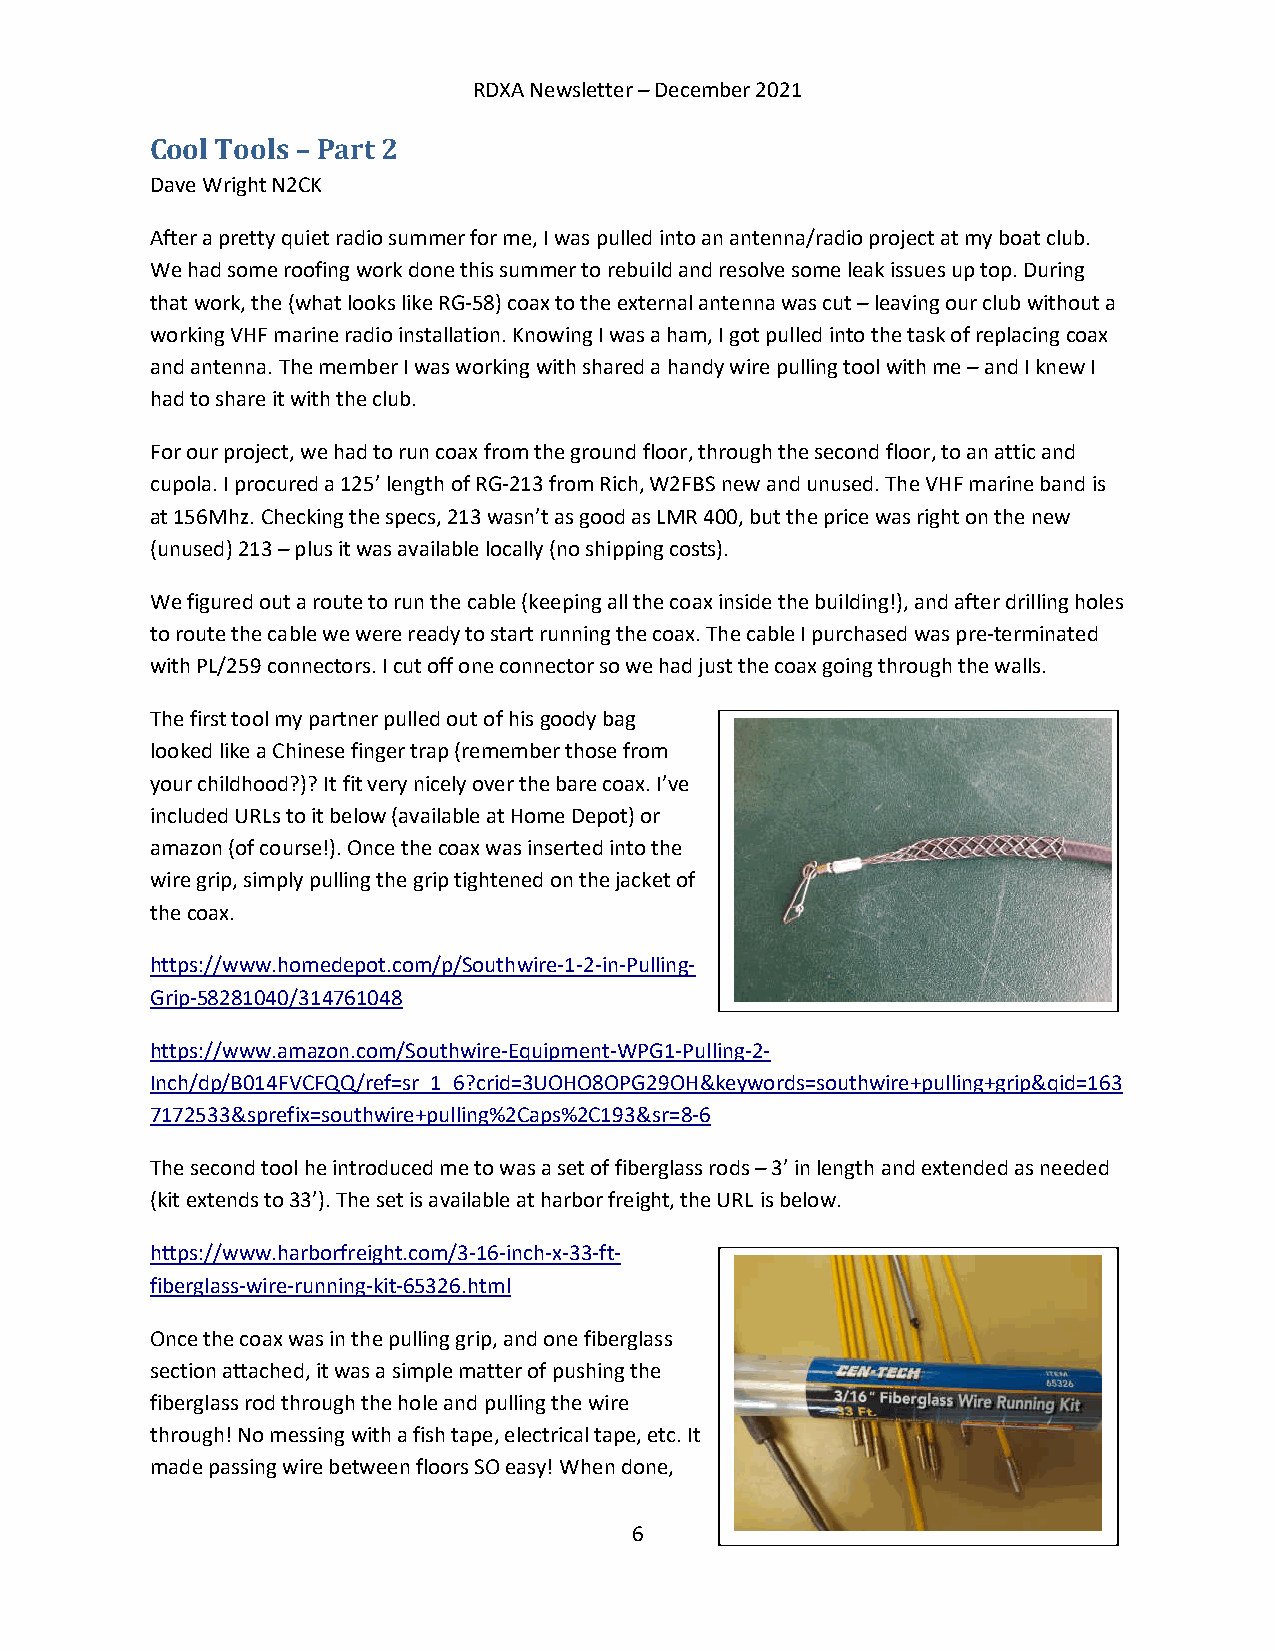
RDXA Newsletter – December 2021
 Cool Tools – Part 2
 Dave Wright N2CK
 After a pretty quiet radio summer for me, I was pulled into an antenna/radio project at my boat club.
 We had some roofing work done this summer to rebuild and resolve some leak issues up top. During
 that work, the (what looks like RG-58) coax to the external antenna was cut – leaving our club without a
 working VHF marine radio installation. Knowing I was a ham, I got pulled into the task of replacing coax
 and antenna. The member I was working with shared a handy wire pulling tool with me – and I knew I
 had to share it with the club.
 For our project, we had to run coax from the ground floor, through the second floor, to an attic and
 cupola. I procured a 125’ length of RG-213 from Rich, W2FBS new and unused. The VHF marine band is
 at 156Mhz. Checking the specs, 213 wasn’t as good as LMR 400, but the price was right on the new
 (unused) 213 – plus it was available locally (no shipping costs).
 We figured out a route to run the cable (keeping all the coax inside the building!), and after drilling holes
 to route the cable we were ready to start running the coax. The cable I purchased was pre-terminated
 with PL/259 connectors. I cut off one connector so we had just the coax going through the walls.
 The first tool my partner pulled out of his goody bag
 looked like a Chinese finger trap (remember those from
 your childhood?)? It fit very nicely over the bare coax. I’ve
 included URLs to it below (available at Home Depot) or
 amazon (of course!). Once the coax was inserted into the
 wire grip, simply pulling the grip tightened on the jacket of
 the coax.
 https://www.homedepot.com/p/Southwire-1-2-in-Pulling-
 Grip-58281040/314761048
 https://www.amazon.com/Southwire-Equipment-WPG1-Pulling-2-
 Inch/dp/B014FVCFQQ/ref=sr_1_6?crid=3UOHO8OPG29OH&keywords=southwire+pulling+grip&qid=163
 7172533&sprefix=southwire+pulling%2Caps%2C193&sr=8-6
 The second tool he introduced me to was a set of fiberglass rods – 3’ in length and extended as needed
 (kit extends to 33’). The set is available at harbor freight, the URL is below.
 https://www.harborfreight.com/3-16-inch-x-33-ft-
 fiberglass-wire-running-kit-65326.html
 Once the coax was in the pulling grip, and one fiberglass
 section attached, it was a simple matter of pushing the
 fiberglass rod through the hole and pulling the wire
 through! No messing with a fish tape, electrical tape, etc. It
 made passing wire between floors SO easy! When done,
 6